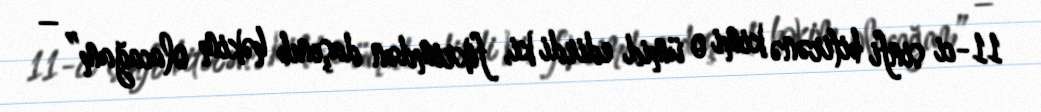
11-ci sinfi bitirənə kimi o ümid edirdi ki, fikrimdən daşınıb həkim olacağam” –